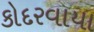
કોદરવાયા